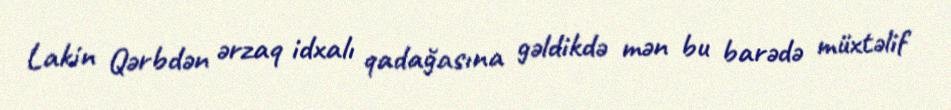
Lakin Qərbdən ərzaq idxalı qadağasına gəldikdə mən bu barədə müxtəlif